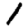
Digit: 1